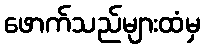
ဖောက်သည်များထံမှ